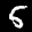
Label: 5